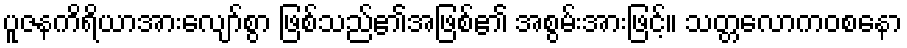
ပူဇနကိရိယာအားလျော်စွာ ဖြစ်သည်၏အဖြစ်၏ အစွမ်းအားဖြင့်။ သတ္တလောကဝစနော